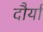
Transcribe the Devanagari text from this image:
दौर्या